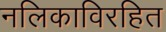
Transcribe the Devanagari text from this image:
नलिकाविरहित